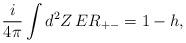
LaTeX: \begin{align*}\frac{i}{4\pi }\int d^{2}Z\, E R_{+-}=1-h,\end{align*}